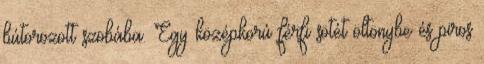
bútorozott szobába. Egy középkorú férfi sötét öltönybe és piros